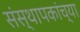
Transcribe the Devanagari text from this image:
संस्थापकांच्या